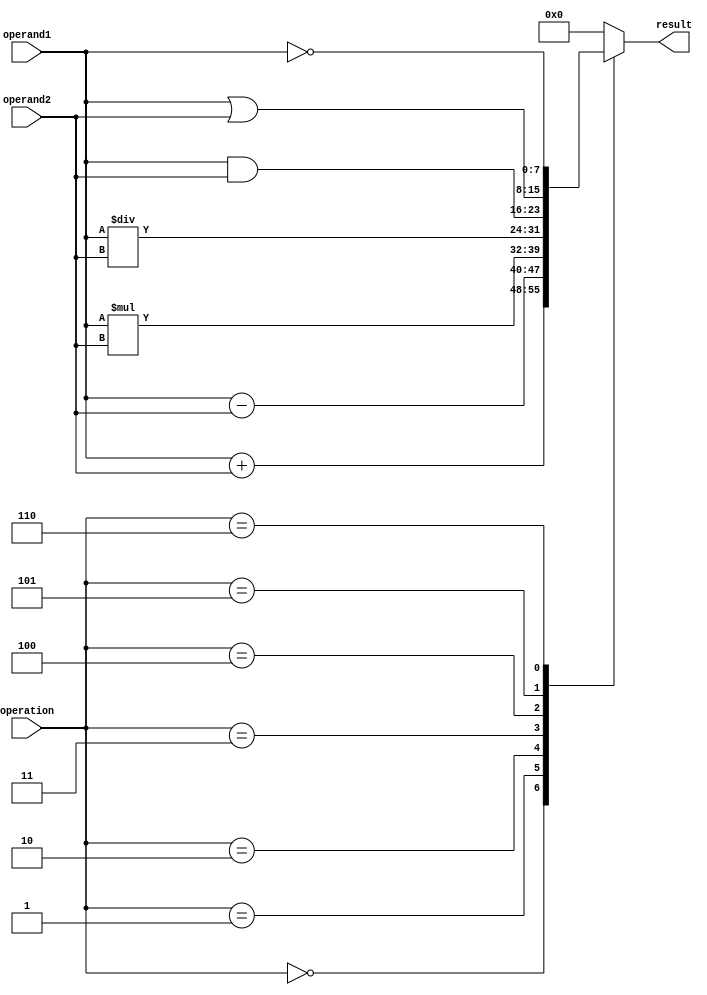
module ALU (
    input [7:0] operand1,
    input [7:0] operand2,
    input [2:0] operation,
    output reg [7:0] result
);

always @ (*) begin
    case(operation)
        3'h0: result = operand1 + operand2; // Addition
        3'h1: result = operand1 - operand2; // Subtraction
        3'h2: result = operand1 * operand2; // Multiplication
        3'h3: result = operand1 / operand2; // Division
        3'h4: result = operand1 & operand2; // Bitwise AND
        3'h5: result = operand1 | operand2; // Bitwise OR
        3'h6: result = ~operand1; // Bitwise NOT
        default: result = 8'b0; // Default to 0
    endcase
end

endmodule